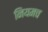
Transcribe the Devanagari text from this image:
नियमच